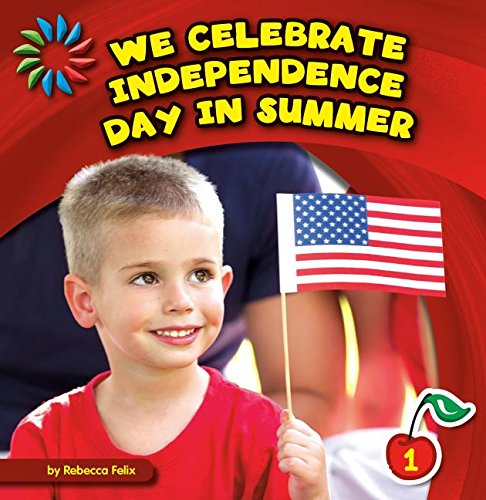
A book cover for We Celebrate Independence Day in Summer (21st Century Basic Skills Library: Let's Look at Summer); Rebecca Felix; Children's Books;